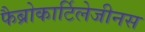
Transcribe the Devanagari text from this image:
फैब्रोकार्टिलेजीनस